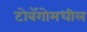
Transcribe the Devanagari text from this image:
टोबॅगोमधील